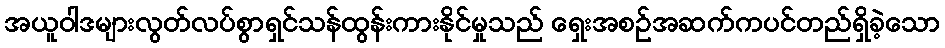
အယူဝါဒများလွတ်လပ်စွာရှင်သန်ထွန်းကားနိုင်မှုသည် ရှေးအစဉ်အဆက်ကပင်တည်ရှိခဲ့သော